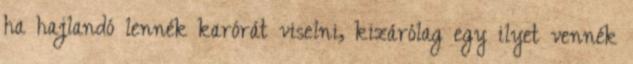
ha hajlandó lennék karórát viselni, kizárólag egy ilyet vennék